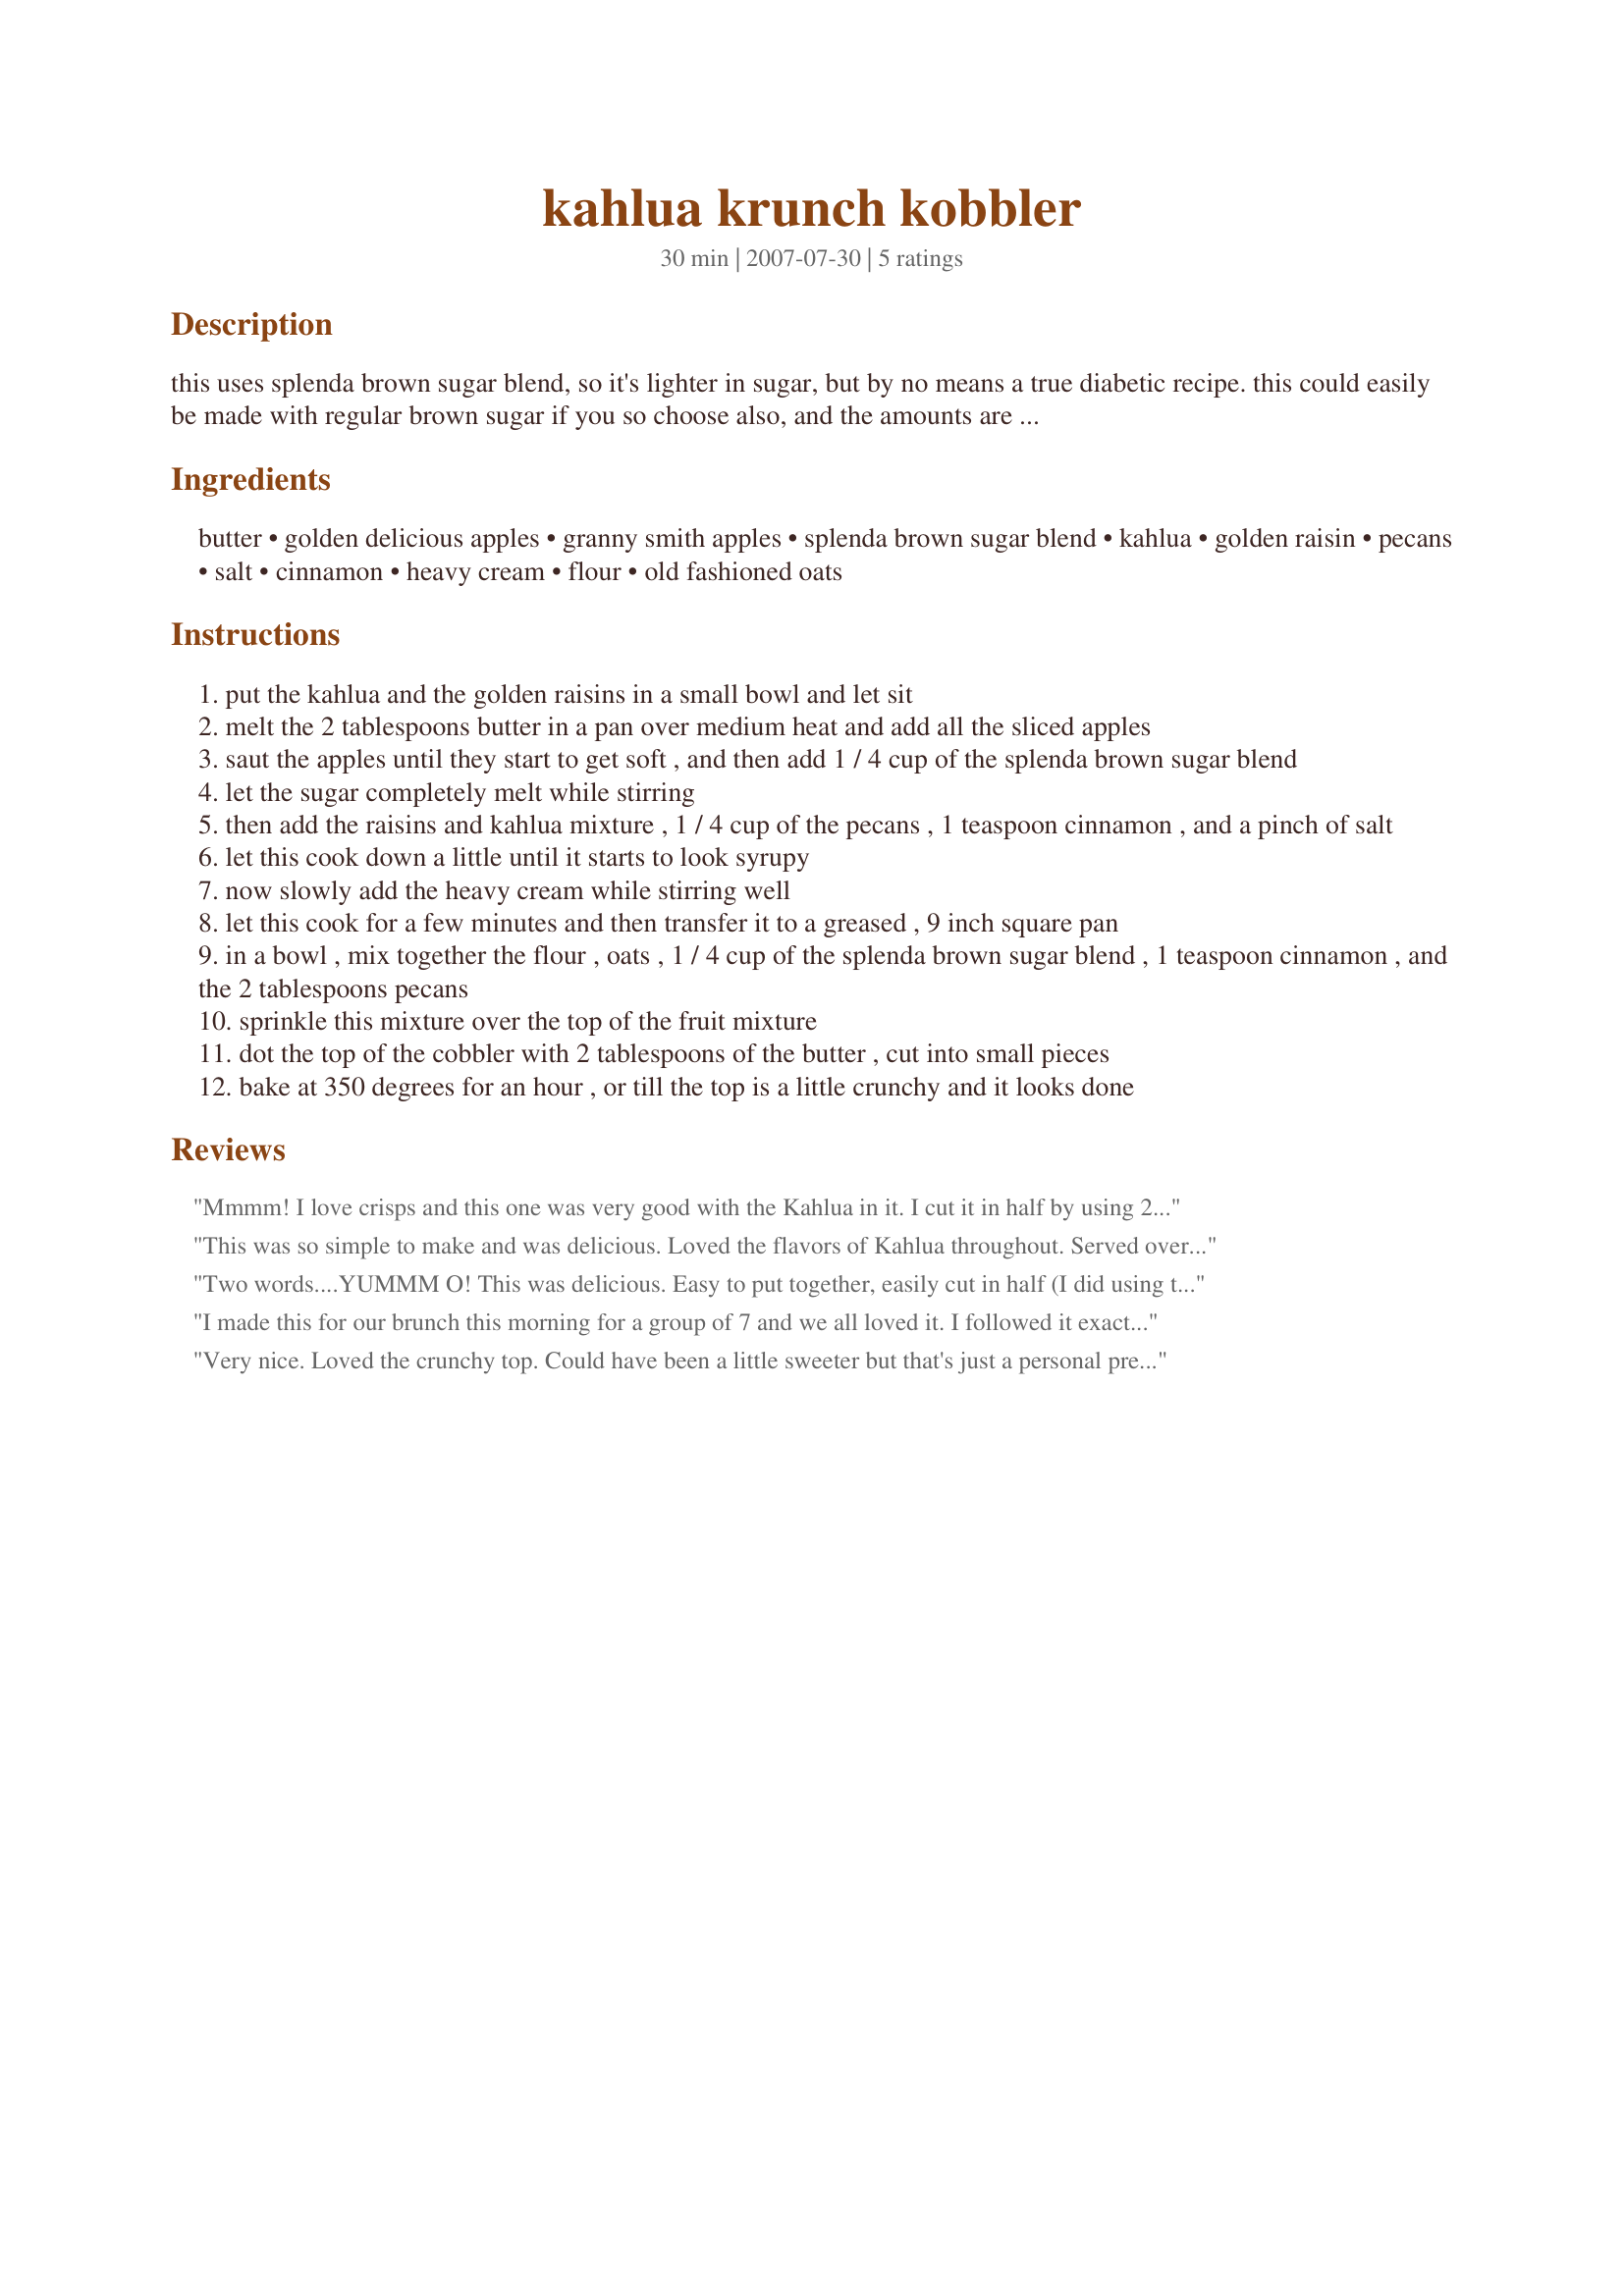
kahlua krunch kobbler
Preparation time: 30 minutes

this uses splenda brown sugar blend, so it's lighter in sugar, but by no means a true diabetic recipe. this could easily be made with regular brown sugar if you so choose also, and the amounts are given for that. it's sweet and creamy and delicious with a scoop of ice cream on top.

Ingredients:
butter, golden delicious apples, granny smith apples, splenda brown sugar blend, kahlua, golden raisin, pecans, salt, cinnamon, heavy cream, flour, old fashioned oats

Steps:
put the kahlua and the golden raisins in a small bowl and let sit
melt the 2 tablespoons butter in a pan over medium heat and add all the sliced apples
saut the apples until they start to get soft , and then add 1 / 4 cup of the splenda brown sugar blend
let the sugar completely melt while stirring
then add the raisins and kahlua mixture , 1 / 4 cup of the pecans , 1 teaspoon cinnamon , and a pinch of salt
let this cook down a little until it starts to look syrupy
now slowly add the heavy cream while stirring well
let this cook for a few minutes and then transfer it to a greased , 9 inch square pan
in a bowl , mix together the flour , oats , 1 / 4 cup of the splenda brown sugar blend , 1 teaspoon cinnamon , and the 2 tablespoons pecans
sprinkle this mixture over the top of the fruit mixture
dot the top of the cobbler with 2 tablespoons of the butter , cut into small pieces
bake at 350 degrees for an hour , or till the top is a little crunchy and it looks done

Reviews:
Mmmm! I love crisps and this one was very good with the Kahlua in it. I cut it in half by using 2 Golden D. apples and a small Gala. I kept the amount of the topping the same, since I used the same sized pan. It all came out great. Thank you for posting! Made for the Dining Daredevils & ZWT 5.
This was so simple to make and was delicious. Loved the flavors of Kahlua throughout. Served over Vanilla Icecream. Loved the crunch topping from the toasted pecans. Instructions were very easy, I will definitely make this again. It is company worthy! Great entry to the contest. Good Luck Chef! ~V
Two words....YUMMM O! This was delicious. Easy to put together, easily cut in half (I did using two apples only and halved the remaining ingredients). I didn't have oats so just made the topping with some extra pecans. I overcooked it a little, but it was still delicious! I wished I would have had some vanilla ice cream in the house. I would make this dish for myself or for company. Well written instructions too. Great entry for the contest Chef!
I made this for our brunch this morning for a group of 7 and we all loved it. I followed it exactly as written, except had to use almonds. We felt it was a perfect balance of sweetness, though I used the regular brown sugar. Thanks for sharing the recipe. Made for ZWT6. Photo to follow.
Very nice. Loved the crunchy top. Could have been a little sweeter but that's just a personal preference. I loved the flavor the kahlua gave it also. Good combination of flavors. You did a good job on this one. Good luck
